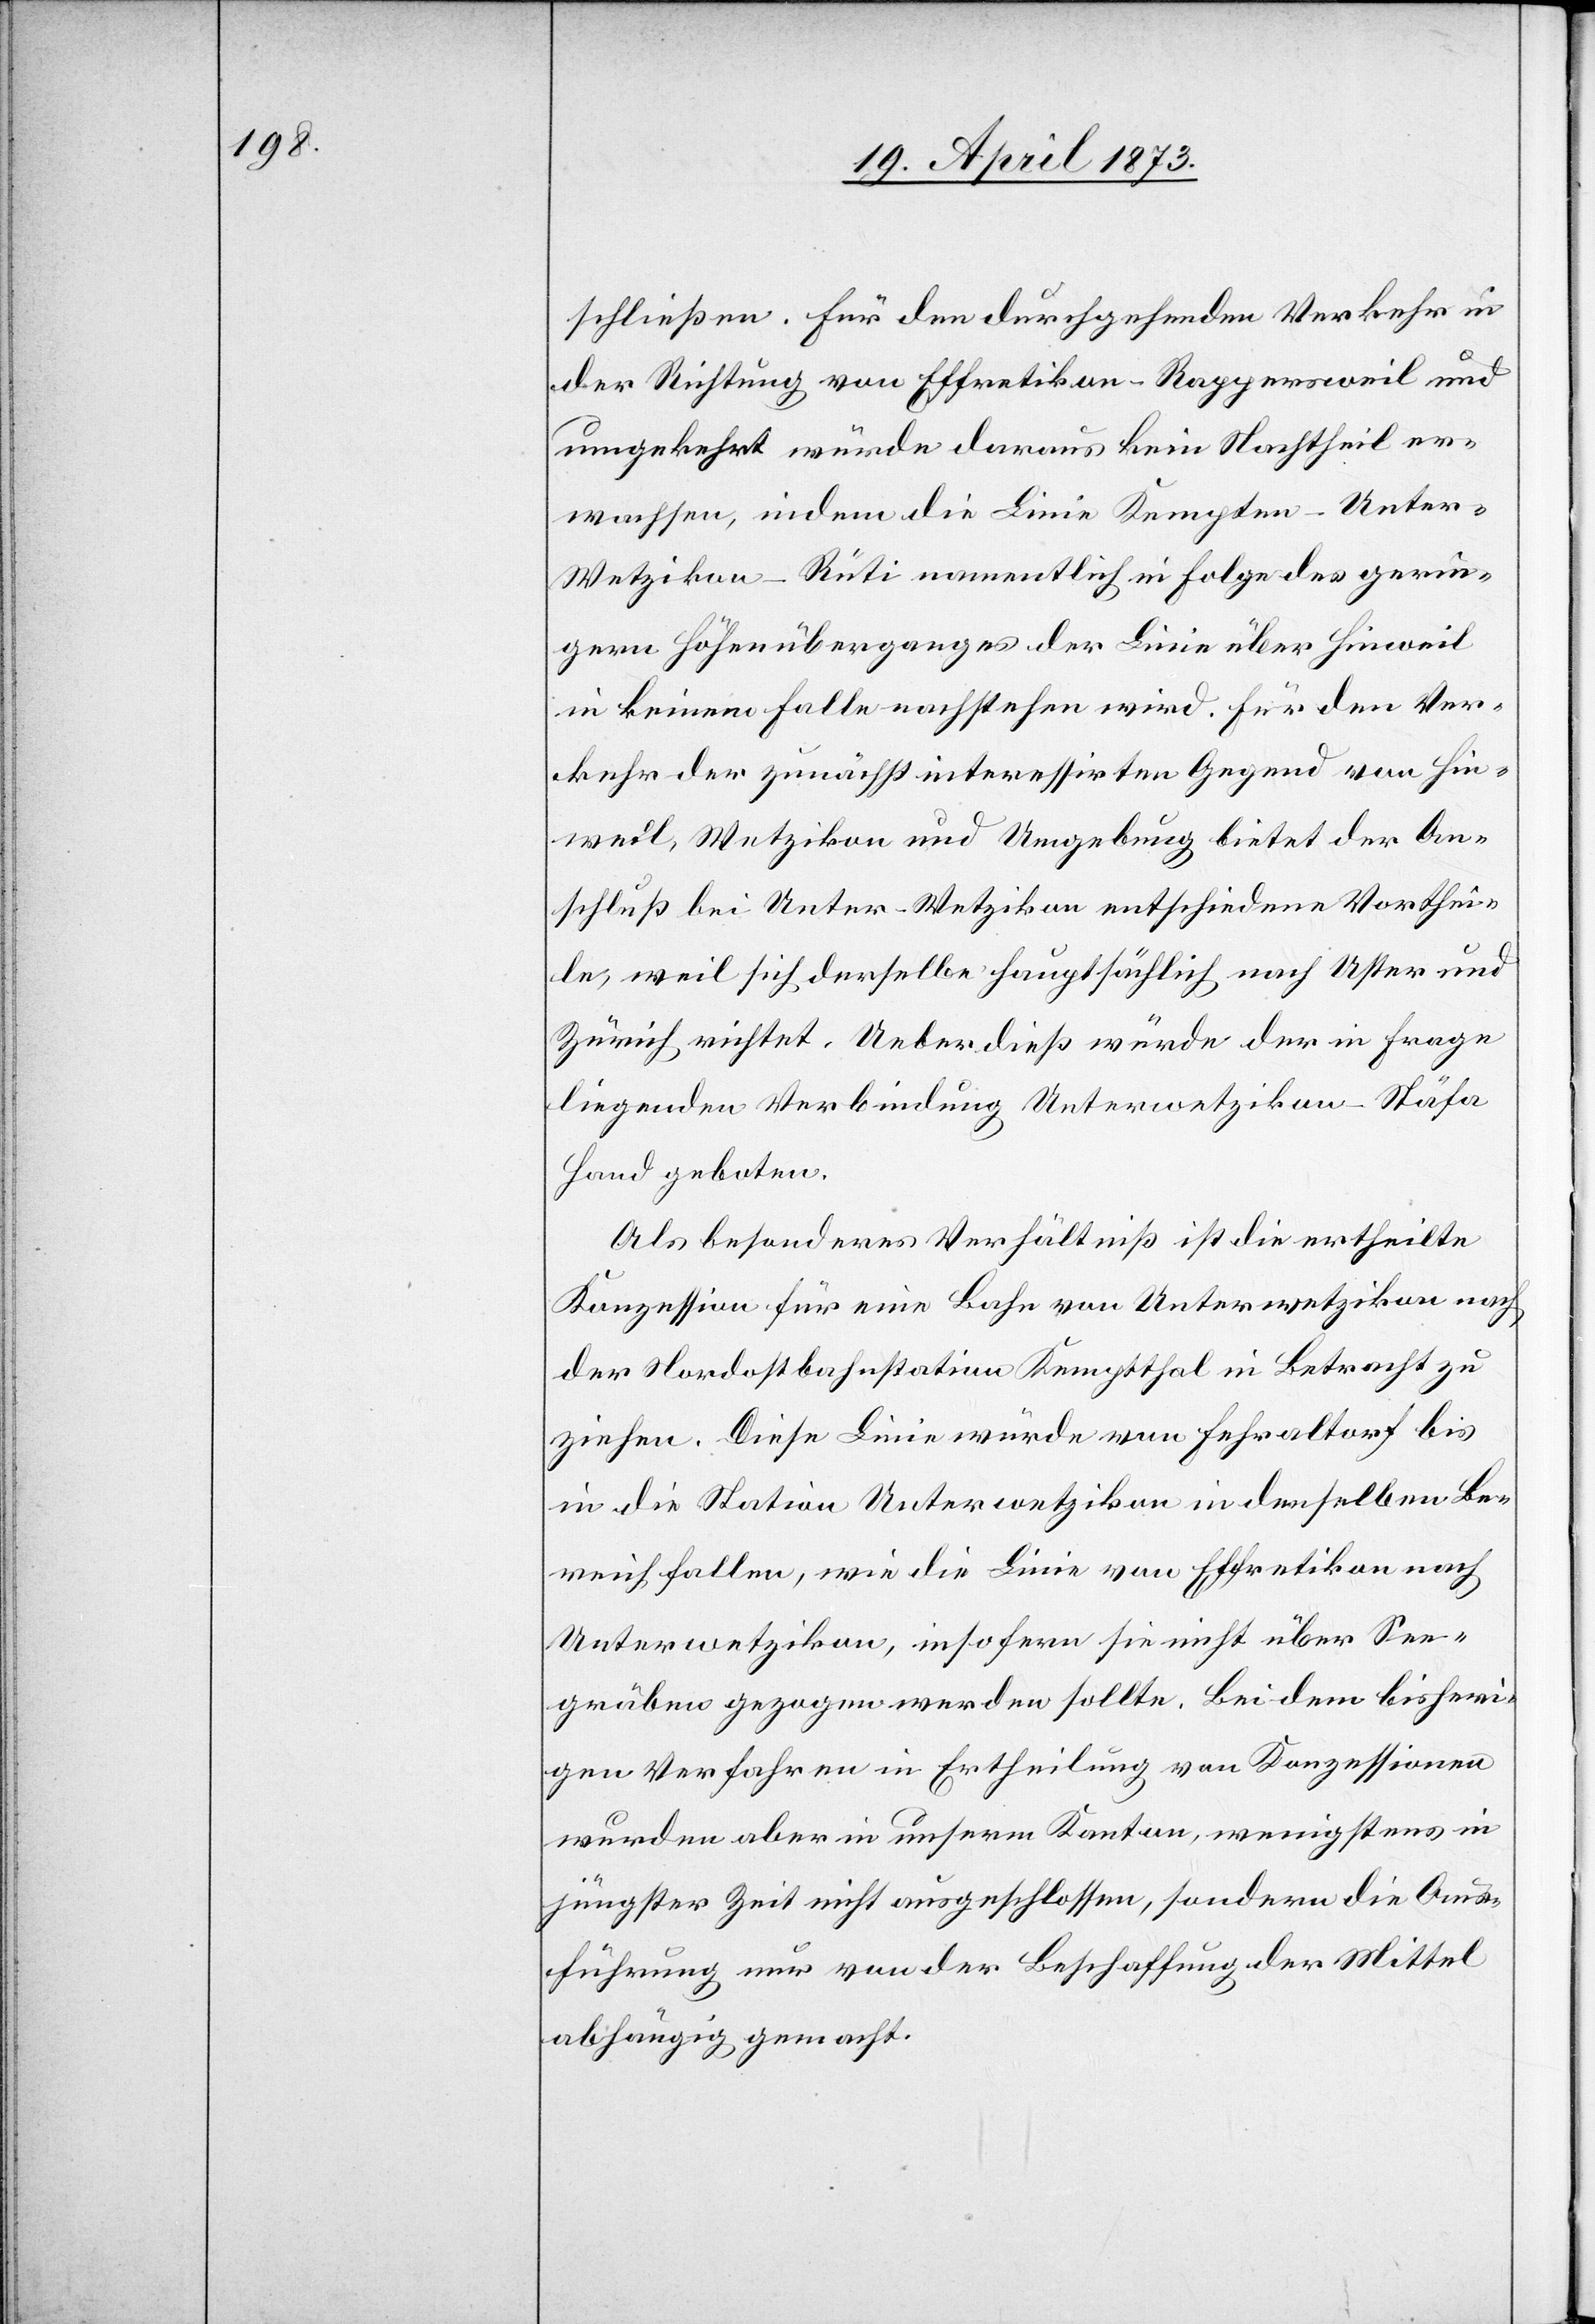
schließen. Für den durchgehenden Verkehr in
der Richtung von Effretikon –Rappersweil und
umgekehrt würde daraus kein Nachtheil er¬
wachsen, indem die Linie Kempten–Unter-W¬
etzikon–Rüti namentlich in Folge des gerin¬
gern Höhenüberganges der Linie über Hinweil
in keinem Falle nachstehen wird. Für den Ver¬
kehr der zunächst interessirten Gegend von Hin¬
weil, Wetzikon und Umgebung bietet der An¬
schluß bei Unter-Wetzikon entschiedene Vorthei¬
le, weil sich derselbe hauptsächlich nach Uster und
Zürich richtet. Ueberdieß würde der in Frage
liegenden Verbindung Unterwetzikon–Stäfa
Hand geboten.
Als besonderes Verhältniß ist die ertheilte
Konzession für eine Bahn von Unterwetzikon nach
der Nordostbahnstation Kemptthal in Betracht zu
ziehen. Diese Linie würde von Fehraltorf bis
in die Station Unterwetzikon in denselben Be¬
reich fallen, wie die Linie von Effretikon nach
Unterwetzikon, insofern sie nicht über See¬
gräben gezogen werden sollte. Bei dem bisheri¬
gen Verfahren in Ertheilung von Konzessionen
wurden aber in unserm Kanton, wenigstens in
jüngster Zeit nicht ausgeschlossen [sic!], sondern die Aus¬
führung nur von der Beschaffung der Mittel
abhängig gemacht.